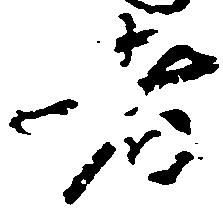
者